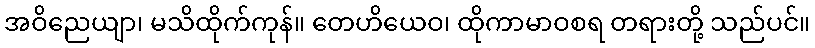
အဝိညေယျာ၊ မသိထိုက်ကုန်။ တေဟိယေဝ၊ ထိုကာမာဝစရ တရားတို့ သည်ပင်။